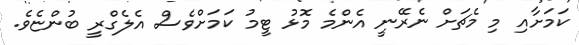
ކަމަށާއި މި މެޗަށް ނެރޭނީ އެންމެ މޮޅު ޓީމު ކަމަށްވެސް އެލެގްރީ ބުންޏެވެ.